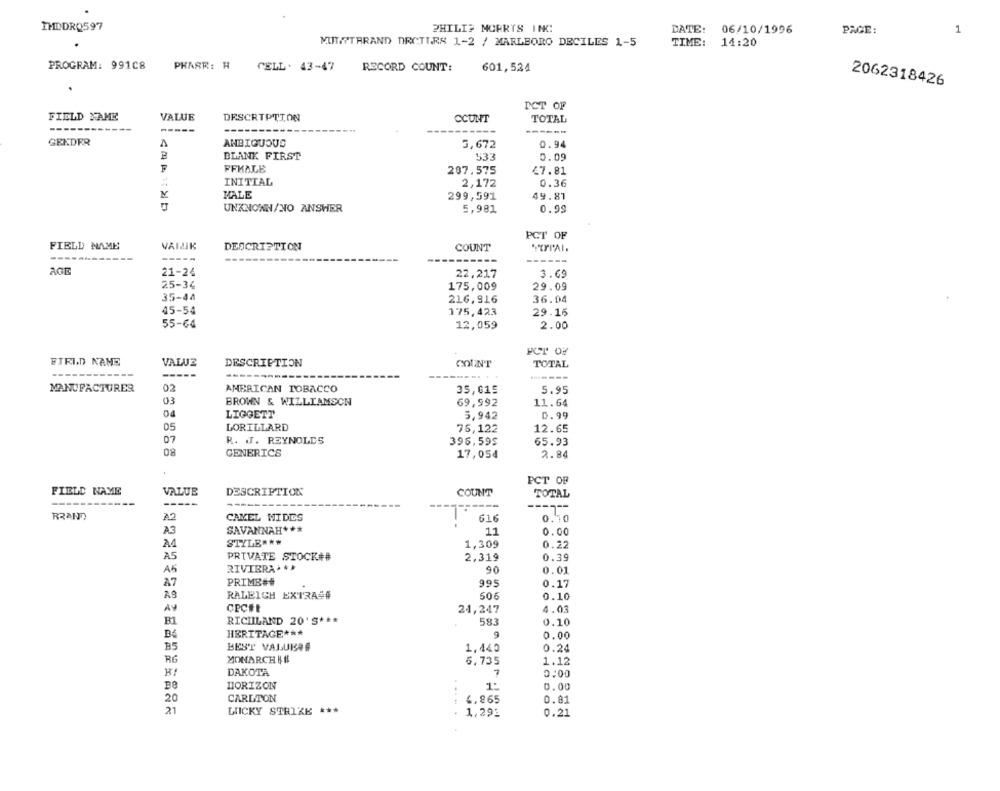
IMDDRQ597
PHILIP MORRIS INC
DATE:
06/10/1996
PAGE:
1
MUTTTARAND DROTIRS 1-2 / MARLBORO DECILES 1-5
TIME:
14:20
PROGRAM: 991C8
PHASR: H
CELL. 43-47
RECORD COUNT:
601,534
2062318426
PCT OF
FIELD FAME
VALUE
DESCRIPTION
CCUNT
TOTAL
-----
-------
-----
-----
------
GENDER
AMBIGUOUS
0.94
5,672
BLANK FIRST
533
0.09
FEMALE
287.575
£7.81
INITIAL
2,172
0.36
MALE
299,591
49.81
UNKNOWN/NO ANSWER
5,981
0.99
PCT OF
FIELD NAME
VAILIK
DESCRIPTION
COUNT
--------
AGE
21-24
22,217
3.69
25-34
175,009
29.09
35-44
216,916
36.04
45-54
175,423
29. 15
55-64
2.00
12,059
PCT OF
FIRID NAME
VALUE
DESCRIPTION
COUNT
TOTAL
-----
-------
MANUFACTURER
02
AMERICAN TOBACCO
5.95
35,015
03
BROWN & WILLIAMSON
69,992
11.64
LIGGETT
5,942
0.99
05
LORILLARD
12.65
75,122
07
R. J. REYNOLDS
396,595
65.93
08
GENERICS
17,054
2.84
PCT OF
FIELD NAME
VALUE
DESCRIPTION
COUNT
TOTAL
---
-----
----
-----
RRAND
A2
CAMEL MIDES
616
0.10
A3
SAVANNAH ***
11
0.00
STYLE ***
1,309
0.22
A5
PRIVATE STOCK##
2,319
0.39
A6
RIVIERA . *
90
0.01
PRIME##
995
0.17
RALEIGH EXTRA##
506
0.10
CPCHE
24,247
4.03
B1
RICHLAND 20'S ***
583
0.10
HERITAGE ***
0.00
B
BEST VALUE##
1,440
0.24
RG
MONARCH !!
6,735
1.12
DAKOTA
7
0:00
HORIZON
1:
0.00
20
CARLTON
.....
6.865
0.81
21
LUCKY STRIKE ***
1,29:
0.21